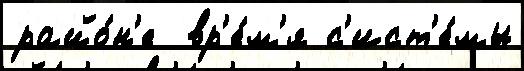
райо́н'е  вр'е́м'я с'ист'е́мы